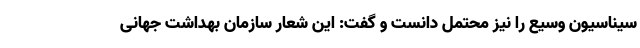
سیناسیون وسیع را نیز محتمل دانست و گفت: این شعار سازمان بهداشت جهانی